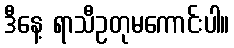
ဒီနေ့ ရာသီဥတုမကောင်းပါ။